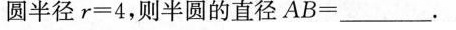
圆半径$$r = 4$$，则半圆的直径$$A B = __$$。